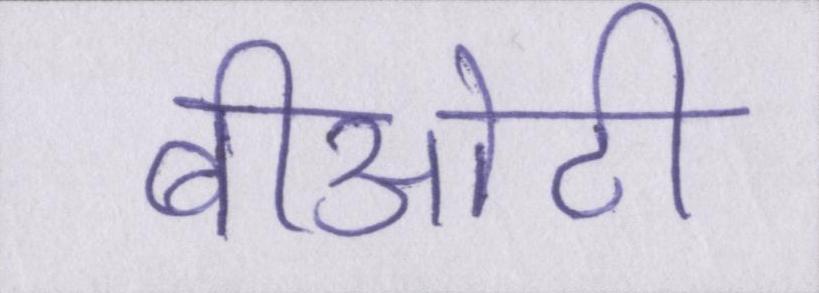
बीओटी